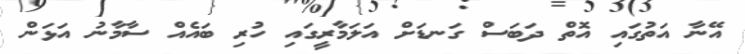
އޭނާ އަތުގައި އޮތް ދަބަސް ގަނޑަށް އަލަމާރީގައި ހުރި ބައެއް ސާމާނު އަޅަން